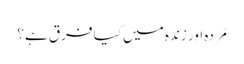
مُردہ اور زندہ میں کیا فرق ہے؟